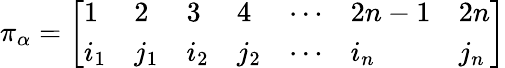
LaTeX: \pi_{\alpha}={\left[\begin{array}{lllllll}{1}&{2}&{3}&{4}&{\cdots}&{2n-1}&{2n}\\ {i_{1}}&{j_{1}}&{i_{2}}&{j_{2}}&{\cdots}&{i_{n}}&{j_{n}}\end{array}\right]}